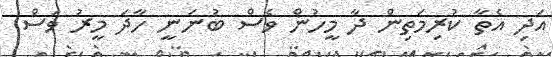
އަދި އެތާ ކުރިމަތިން ދާ މީހުން ވެސް ބުނަނީ ހާދަ މީރު ވަސް